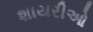
શાયરીઓ